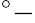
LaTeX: ^{\circ}-